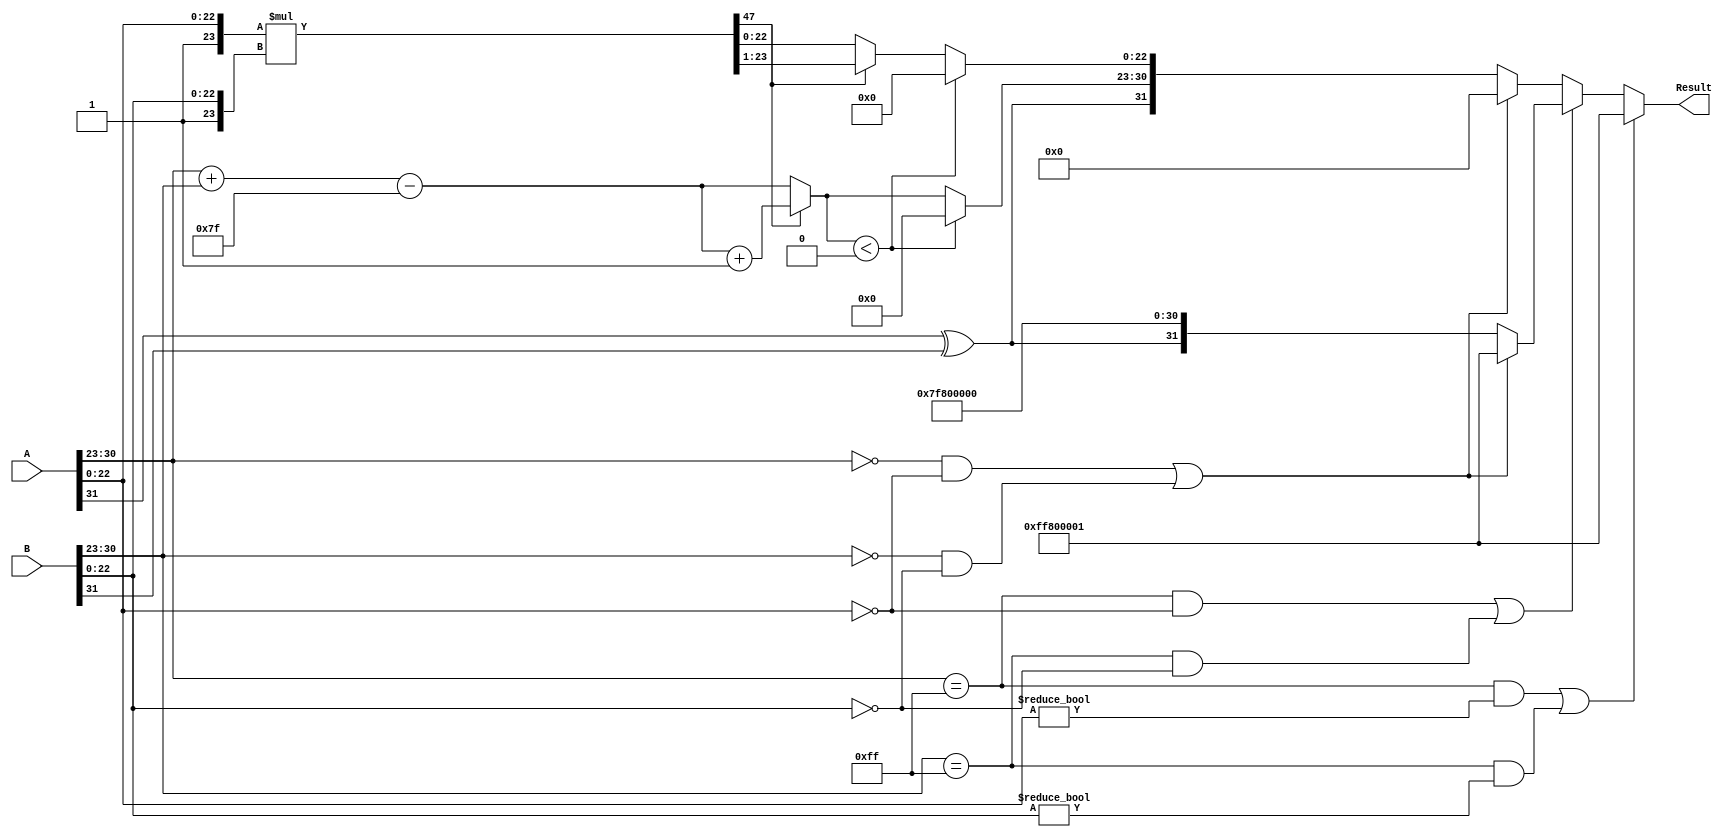
module FloatingPointMultiplier (
    input [31:0] A,  // First floating-point operand
    input [31:0] B,  // Second floating-point operand
    output reg [31:0] Result // Resulting floating-point product
);

    // Extract sign, exponent, and mantissa
    wire sign_A = A[31];
    wire sign_B = B[31];
    wire [7:0] exp_A = A[30:23];
    wire [7:0] exp_B = B[30:23];
    wire [22:0] mant_A = A[22:0];
    wire [22:0] mant_B = B[22:0];

    // Special case flags
    wire is_zero_A = (exp_A == 8'b0) && (mant_A == 23'b0);
    wire is_zero_B = (exp_B == 8'b0) && (mant_B == 23'b0);
    wire is_inf_A = (exp_A == 8'b11111111) && (mant_A == 23'b0);
    wire is_inf_B = (exp_B == 8'b11111111) && (mant_B == 23'b0);
    wire is_nan_A = (exp_A == 8'b11111111) && (mant_A != 23'b0);
    wire is_nan_B = (exp_B == 8'b11111111) && (mant_B != 23'b0);

    // Result components
    reg sign_result;
    reg [7:0] exp_result;
    reg [47:0] mant_result; // 23 + 23 + 1 for implicit leading 1

    always @(*) begin
        // Default output
        Result = 32'b0;

        // Handle special cases
        if (is_nan_A || is_nan_B) begin
            // If either input is NaN, the result is NaN
            Result = {1'b1, 8'b11111111, 23'b1}; // NaN representation
        end else if (is_inf_A || is_inf_B) begin
            // If either input is infinity
            if (is_zero_A || is_zero_B) begin
                // If either is zero, the result is NaN
                Result = {1'b1, 8'b11111111, 23'b1}; // NaN representation
            end else begin
                // Result is infinity
                sign_result = sign_A ^ sign_B;
                Result = {sign_result, 8'b11111111, 23'b0}; // Infinity representation
            end
        end else if (is_zero_A || is_zero_B) begin
            // If either input is zero
            Result = 32'b0; // Result is zero
        end else begin
            // Normal multiplication
            sign_result = sign_A ^ sign_B;
            exp_result = exp_A + exp_B - 8'd127; // Adjust exponent
            
            // Normalize mantissas (add implicit leading 1)
            mant_result = {1'b1, mant_A} * {1'b1, mant_B}; // Multiply mantissas

            // Check for normalization (mantissa might be > 1.0)
            if (mant_result[47]) begin
                // If mantissa is greater than 1, normalize
                mant_result = mant_result >> 1; // Right shift
                exp_result = exp_result + 8'd1; // Increase exponent
            end
            
            // Check for underflow (exponent too small)
            if (exp_result < 8'b0) begin
                exp_result = 8'b0; // Set to zero if underflow
                mant_result = 48'b0; // Set mantissa to zero
            end
            
            // Truncate mantissa to 23 bits
            Result = {sign_result, exp_result[7:0], mant_result[22:0]};
        end
    end

endmodule